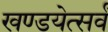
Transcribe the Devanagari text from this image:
खण्डयेत्सर्वं